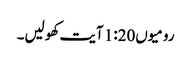
رومیوں1:20 آیت کھولیں۔